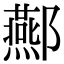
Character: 酀